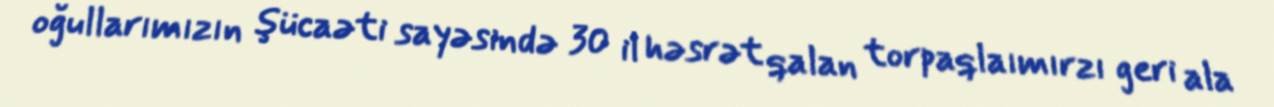
oğullarımızın şücaəti sayəsində 30 il həsrət qalan torpaqlaımırzı geri ala